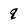
Character: q